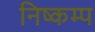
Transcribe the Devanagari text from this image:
निष्कम्प